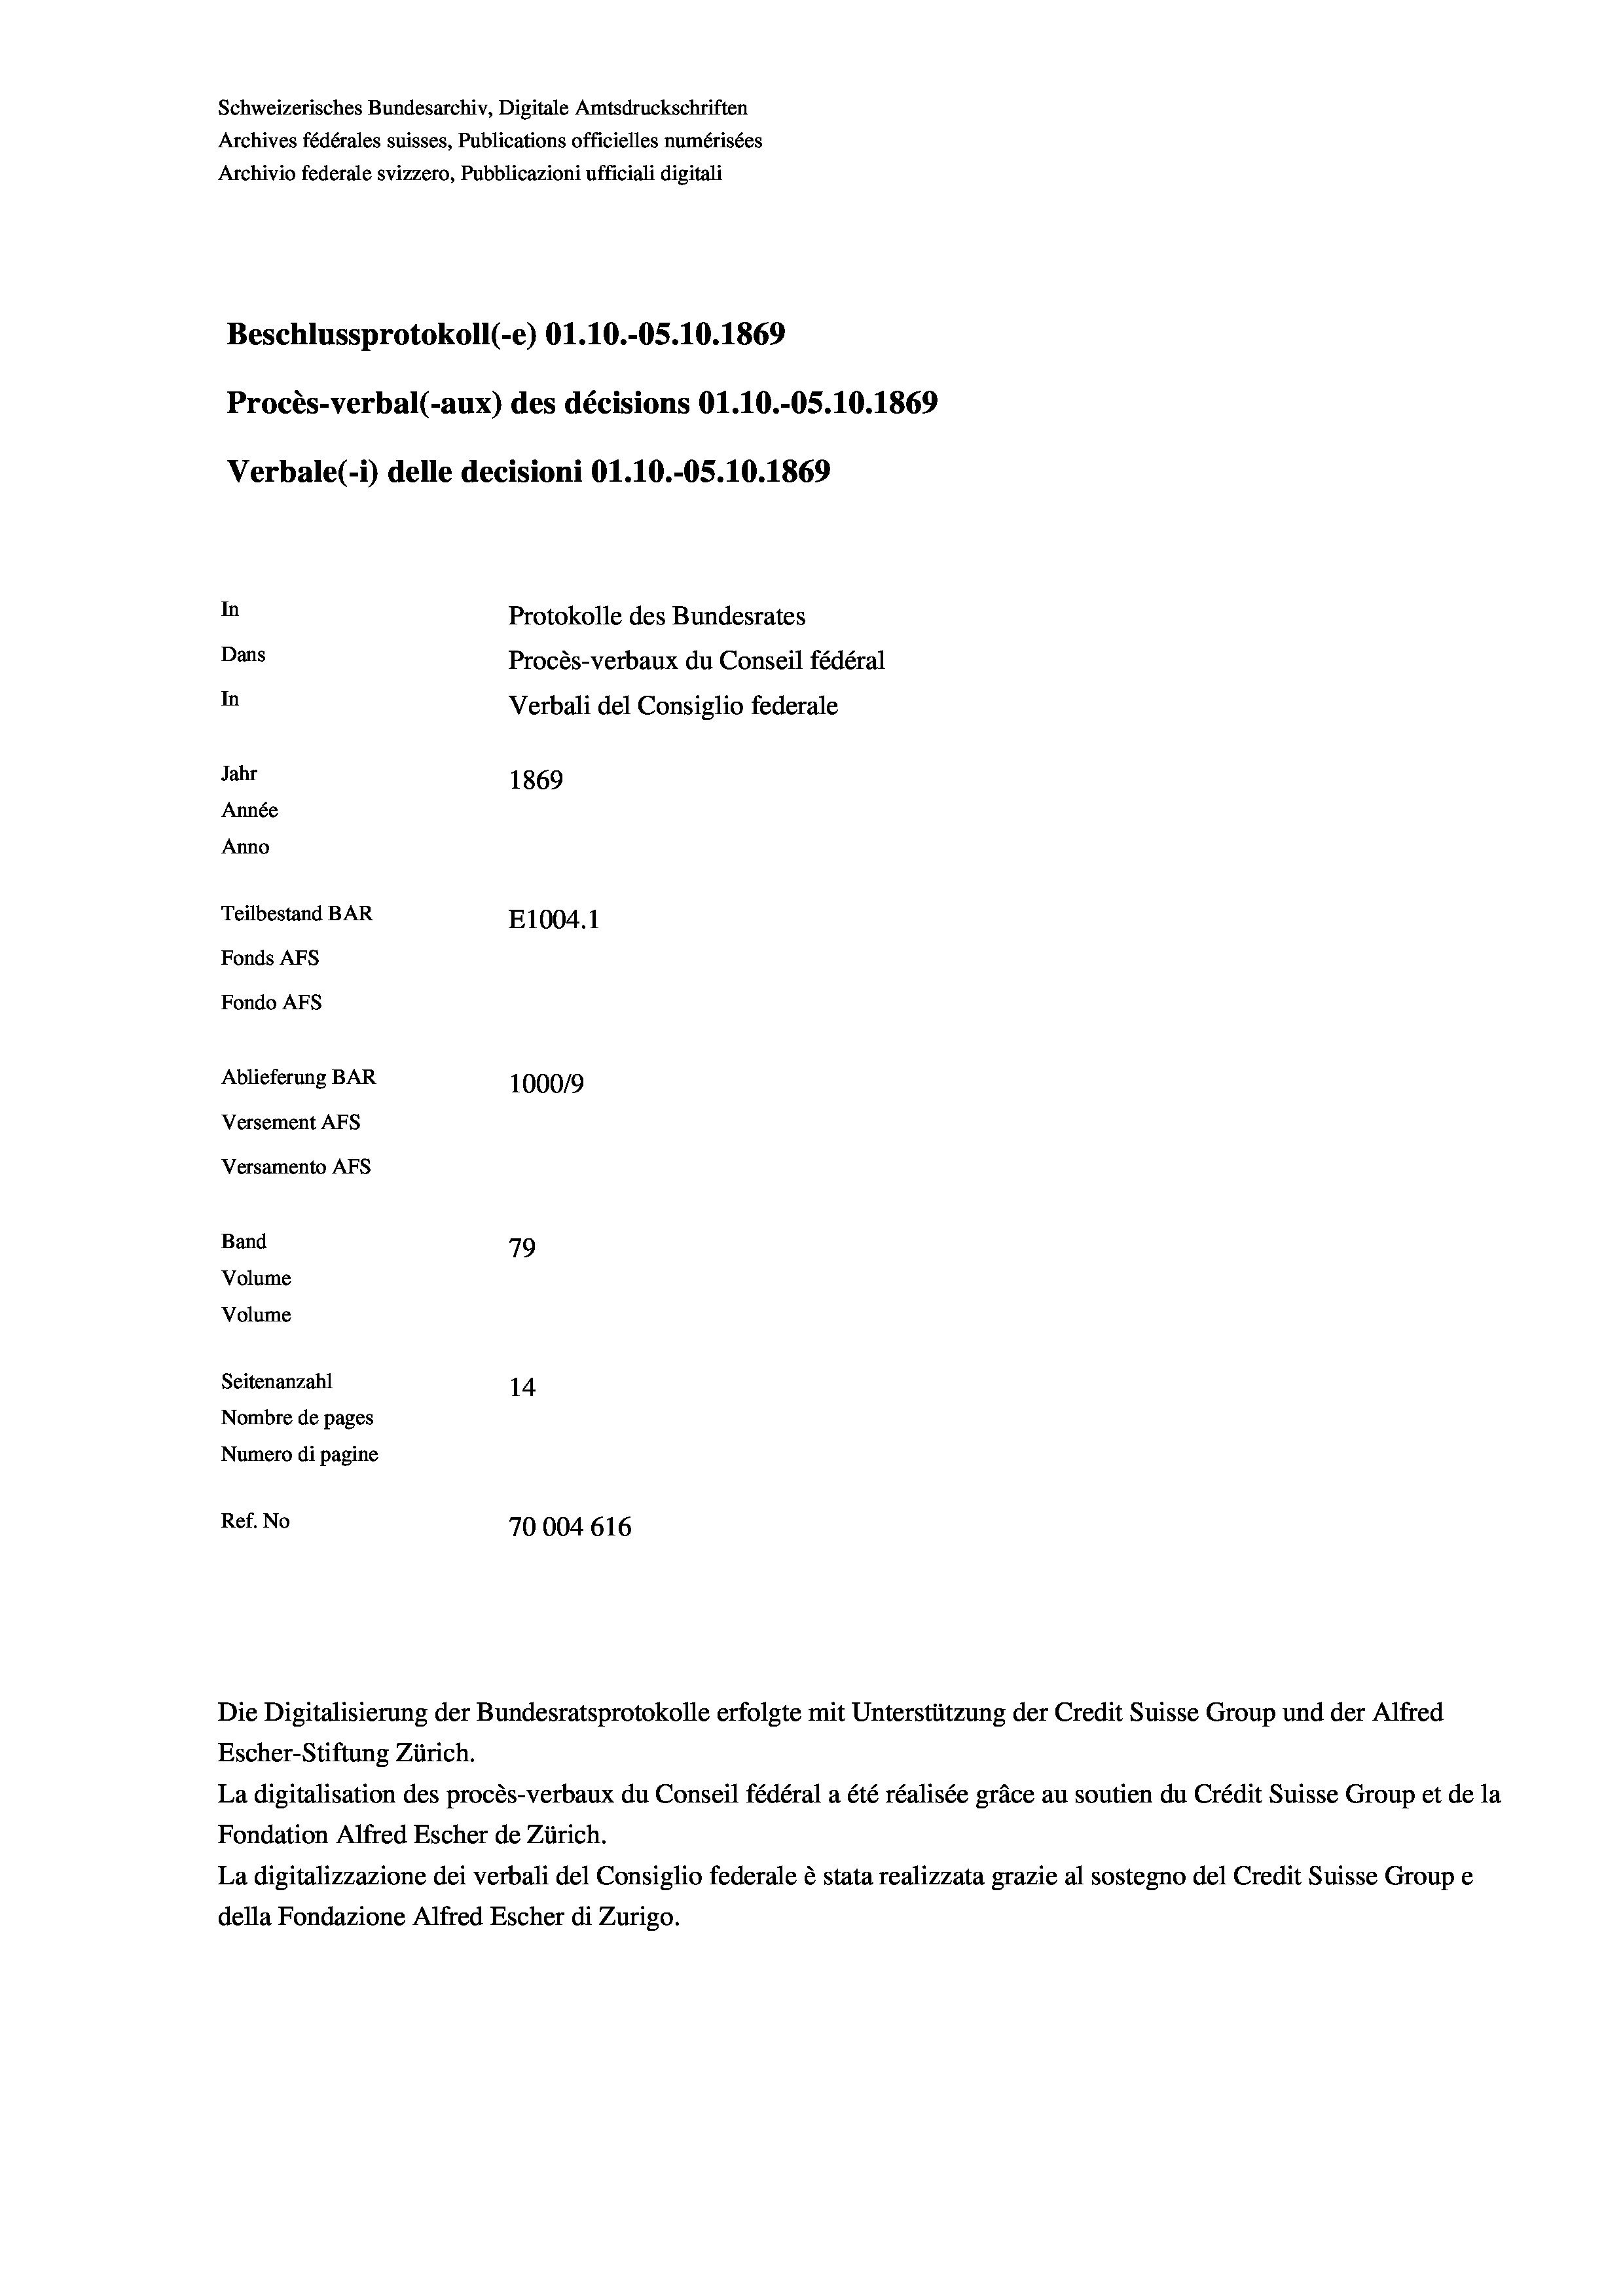
Schweizerisches Bundesarchiv, Digitale Amtsdruckschriften
Archives fédérales suisses, Publications officielles numérisées
Archivio federale svizzero, Pubblicazioni ufficiali digitali
Beschlussprotokoll (-e) O1.10.-OS. 10. 1869
Procès-verbal (-aux) des décisions 01.10.-O5.10.1869
Verbale(-*) delle decisioni O1.10.-OS. 10. 1869
In
Protokolle des Bundesrates
Dans
Procès-verbaux du Conseil fédéral
In
Verbali del Consiglio federale
Jahr
1869
Année
Anno
Teilbestand BAR
E1004.1
Fonds AFs
Fondo AFs
Ablieferung BAR
1000/9
Versement AFs
Versamento AFs
Band
79
Volume
Volume

Seitenanzahl
14
Nombre de pages
Numero di pagine
Ref. No
70004616

Die Digitalisierung der Bundesratsprotokolle erfolgte mit Unterstützung der Credit Suisse Group und der Alfred

Escher-Stiftung Zürich.
La digitalisation des procès-verbaux du Conseil fédéral a été réalisée gräce au soutien du Crédit Suisse Group et de la
Fondation Alfred Escher de Zürich.
La digitalizzazione dei verbali del Consiglio federale è stata realizzata grazie al sostegno del Credit Suisse Groupe
della Fondazione Alfred Escher di Zurigo.